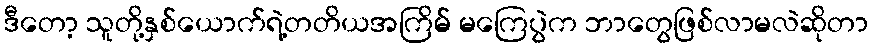
ဒီတော့ သူတို့နှစ်ယောက်ရဲ့တတိယအကြိမ် မကြေပွဲက ဘာတွေဖြစ်လာမလဲဆိုတာ